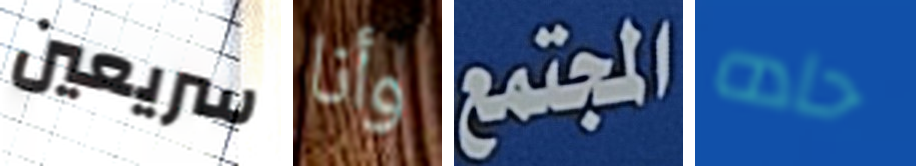
سريعين وأنا المجتمع حاده